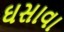
ઘસાવા